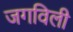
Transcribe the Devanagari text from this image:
जगविली